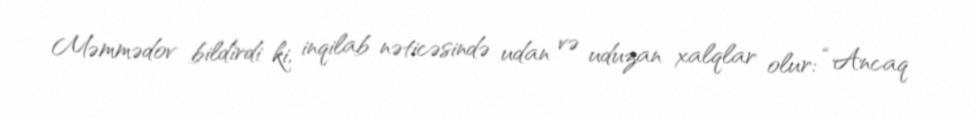
Məmmədov bildirdi ki, inqilab nəticəsində udan və uduzan xalqlar olur: “Ancaq